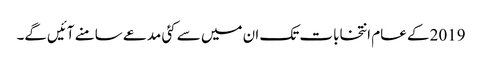
2019 کے عام انتخابات تک ان میں سے کئی مدعے سامنے آئیں‌گے۔